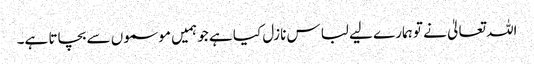
اللہ تعالیٰ نے تو ہمارے لیے لباس نازل کیا ہے جو ہمیں موسموں سے بچاتا ہے۔